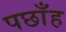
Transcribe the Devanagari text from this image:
पछाँह